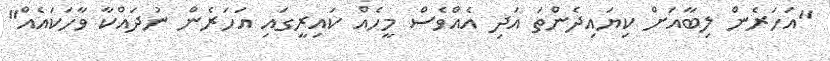
"އަހަރެން ލިބާއަށް ކިޔައިދެންތަ އަދި އެއްވެސް މީހެއް ކައިރީގައި އަހަރެން ނުދައްކާ ވާހަކައެއް"